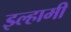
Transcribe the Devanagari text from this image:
इल्हामी